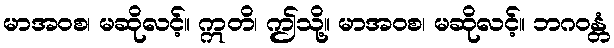
မာအဝစ၊ မဆိုလင့်။ ဣတိ၊ ဤသို့။ မာအဝစ၊ မဆိုလင့်။ ဘဂဝန္တံ